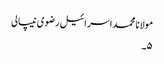
مولانا محمد اسرائیل رضوی نیپالی
۵۔